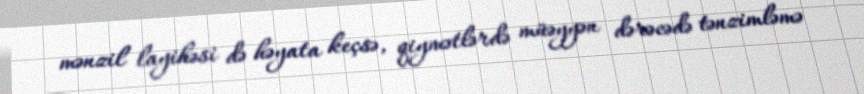
mənzil layihəsi də həyata keçsə, qiymətlərdə müəyyən dərəcədə tənzimləmə